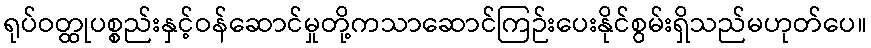
ရုပ်ဝတ္ထုပစ္စည်းနှင့်ဝန်ဆောင်မှုတို့ကသာဆောင်ကြဉ်းပေးနိုင်စွမ်းရှိသည်မဟုတ်ပေ။